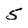
Character: 5